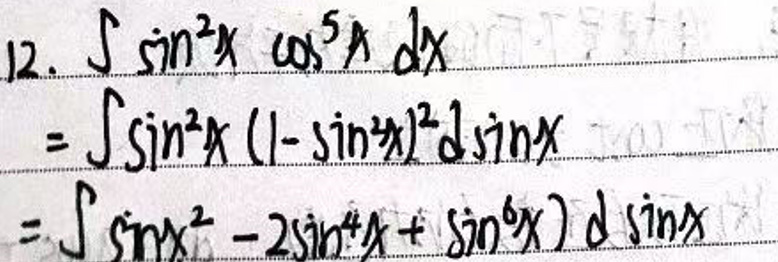
\begin{align*}
&12.\int\sin^{3}x\cos^{5}x dx\\
=&\int\sin^{3}x(1 - \sin^{2}x)^{2}d\sin x\\
=&\int(\sin^{3}x - 2\sin^{5}x+\sin^{7}x)d\sin x
\end{align*}